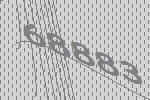
68883